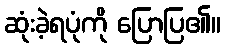
ဆုံးခဲ့ရပုံကို ပြောပြ၏။